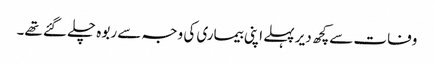
وفات سےکچھ دیر پہلے اپنی بیماری کی وجہ سے ربوہ چلے گئے تھے۔